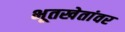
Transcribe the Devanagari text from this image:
भूतखेतांवर